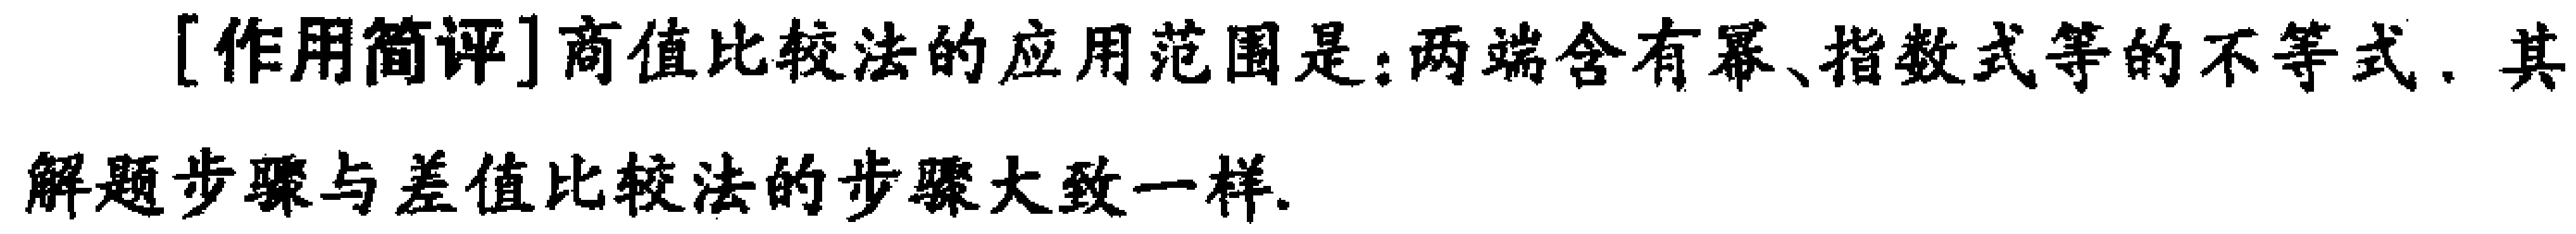
[作用简评]商值比较法的应用范围是：两端含有幂、指数式等的不等式. 其

解题步骤与差值比较法的步骤大致一样.